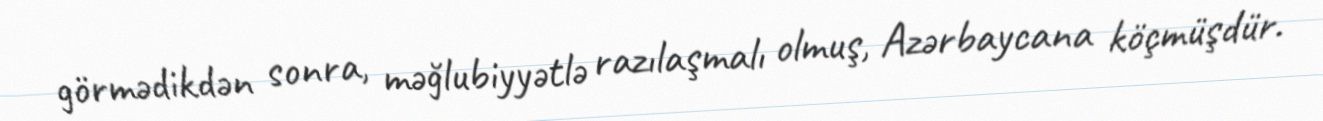
görmədikdən sonra, məğlubiyyətlə razılaşmalı olmuş, Azərbaycana köçmüşdür.